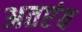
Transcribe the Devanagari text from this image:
अतएंव